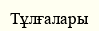
Тұлғалары